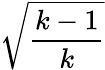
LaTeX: \sqrt{\frac{k-1}{k}}